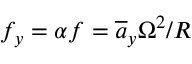
f _ { y } = \alpha f = \overline { { a } } _ { y } \Omega ^ { 2 } / R